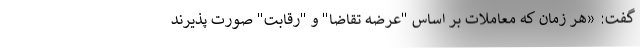
گفت: «هر زمان که معاملات بر اساس "عرضه تقاضا" و "رقابت" صورت پذیرند